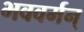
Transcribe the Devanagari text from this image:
भववर्मन्‌